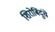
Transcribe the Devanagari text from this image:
शिरोबिंदुंचे